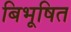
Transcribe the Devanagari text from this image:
बिभूषित